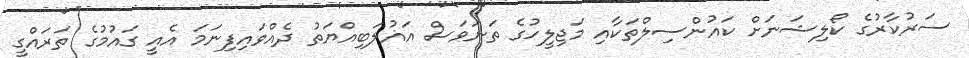
ސަރުކާރުގެ ކޯލިޝަނަށް ކައުންސިލްތަކާއި މަޖިލީހުގެ ތަނަވަސް އަޣުލަބިއްޔަތު ދެއްވައިފިނަމަ އެއީ ގައުމުގެ ތަރައްގީ